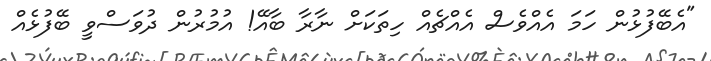
"އެބޭފުޅުން ހަމަ އެއްވެސް އެއްޗެއް ހިތަކަށް ނާރާ ބާއޭ! އުމުރުން ދުވަސްވީ ބޭފުޅެއް